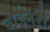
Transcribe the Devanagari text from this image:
बाईनरी